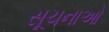
સૂચનાઓ